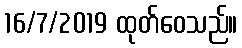
16/7/2019 ထုတ်ဝေသည်။